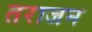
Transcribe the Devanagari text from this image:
तराजन